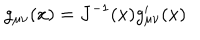
LaTeX: g _ { \mu \nu } ( x ) = J ^ { - 1 } ( x ) g _ { \mu \nu } ^ { \prime } ( x )